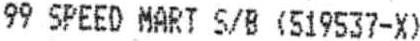
99 SPEED MART S/B (519537-X)